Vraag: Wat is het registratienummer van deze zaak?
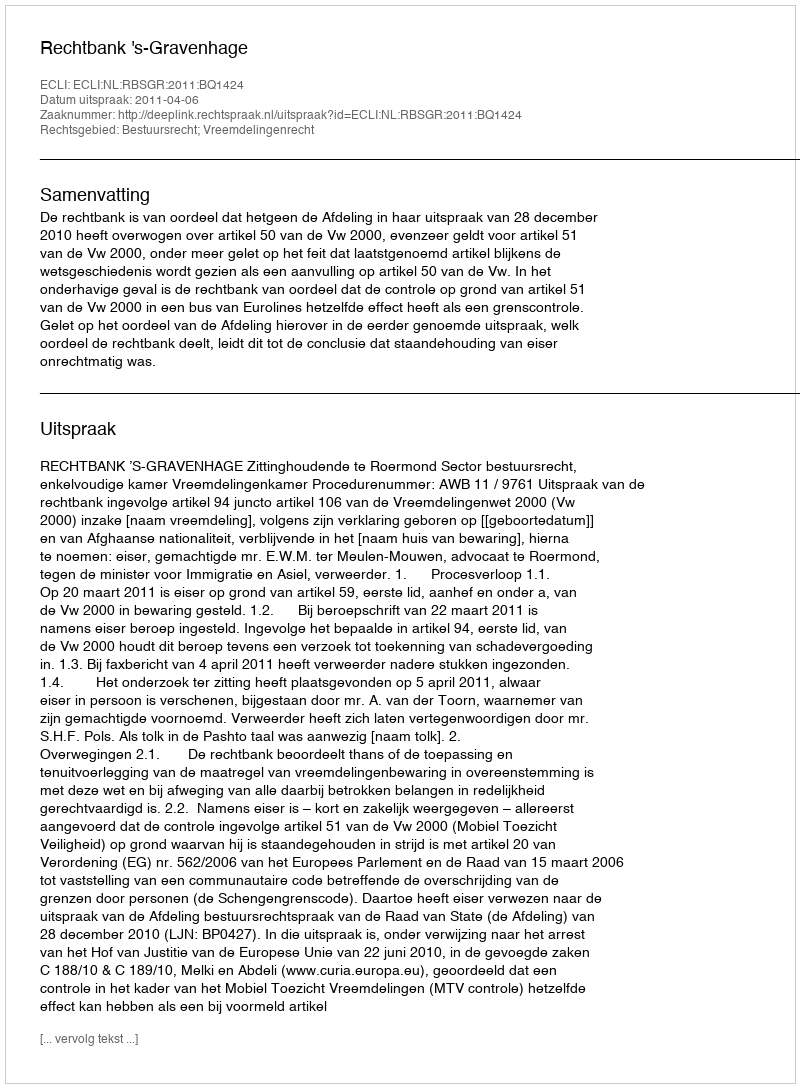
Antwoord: http://deeplink.rechtspraak.nl/uitspraak?id=ECLI:NL:RBSGR:2011:BQ1424